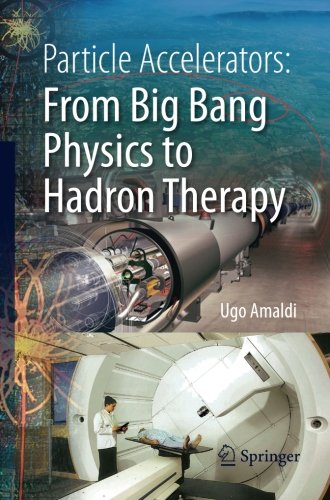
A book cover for Particle Accelerators: From Big Bang Physics to Hadron Therapy; Ugo Amaldi; Science & Math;